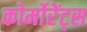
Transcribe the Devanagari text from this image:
कोर्मोरेंट्स